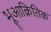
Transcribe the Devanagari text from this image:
भूआक्रितिक